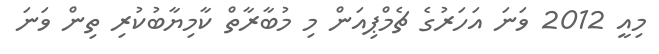
މިއީ 2012 ވަނަ އަހަރުގެ ޗެމްޕިއަން މި މުބާރާތް ކާމިޔާބުކުރި ތިން ވަނަ